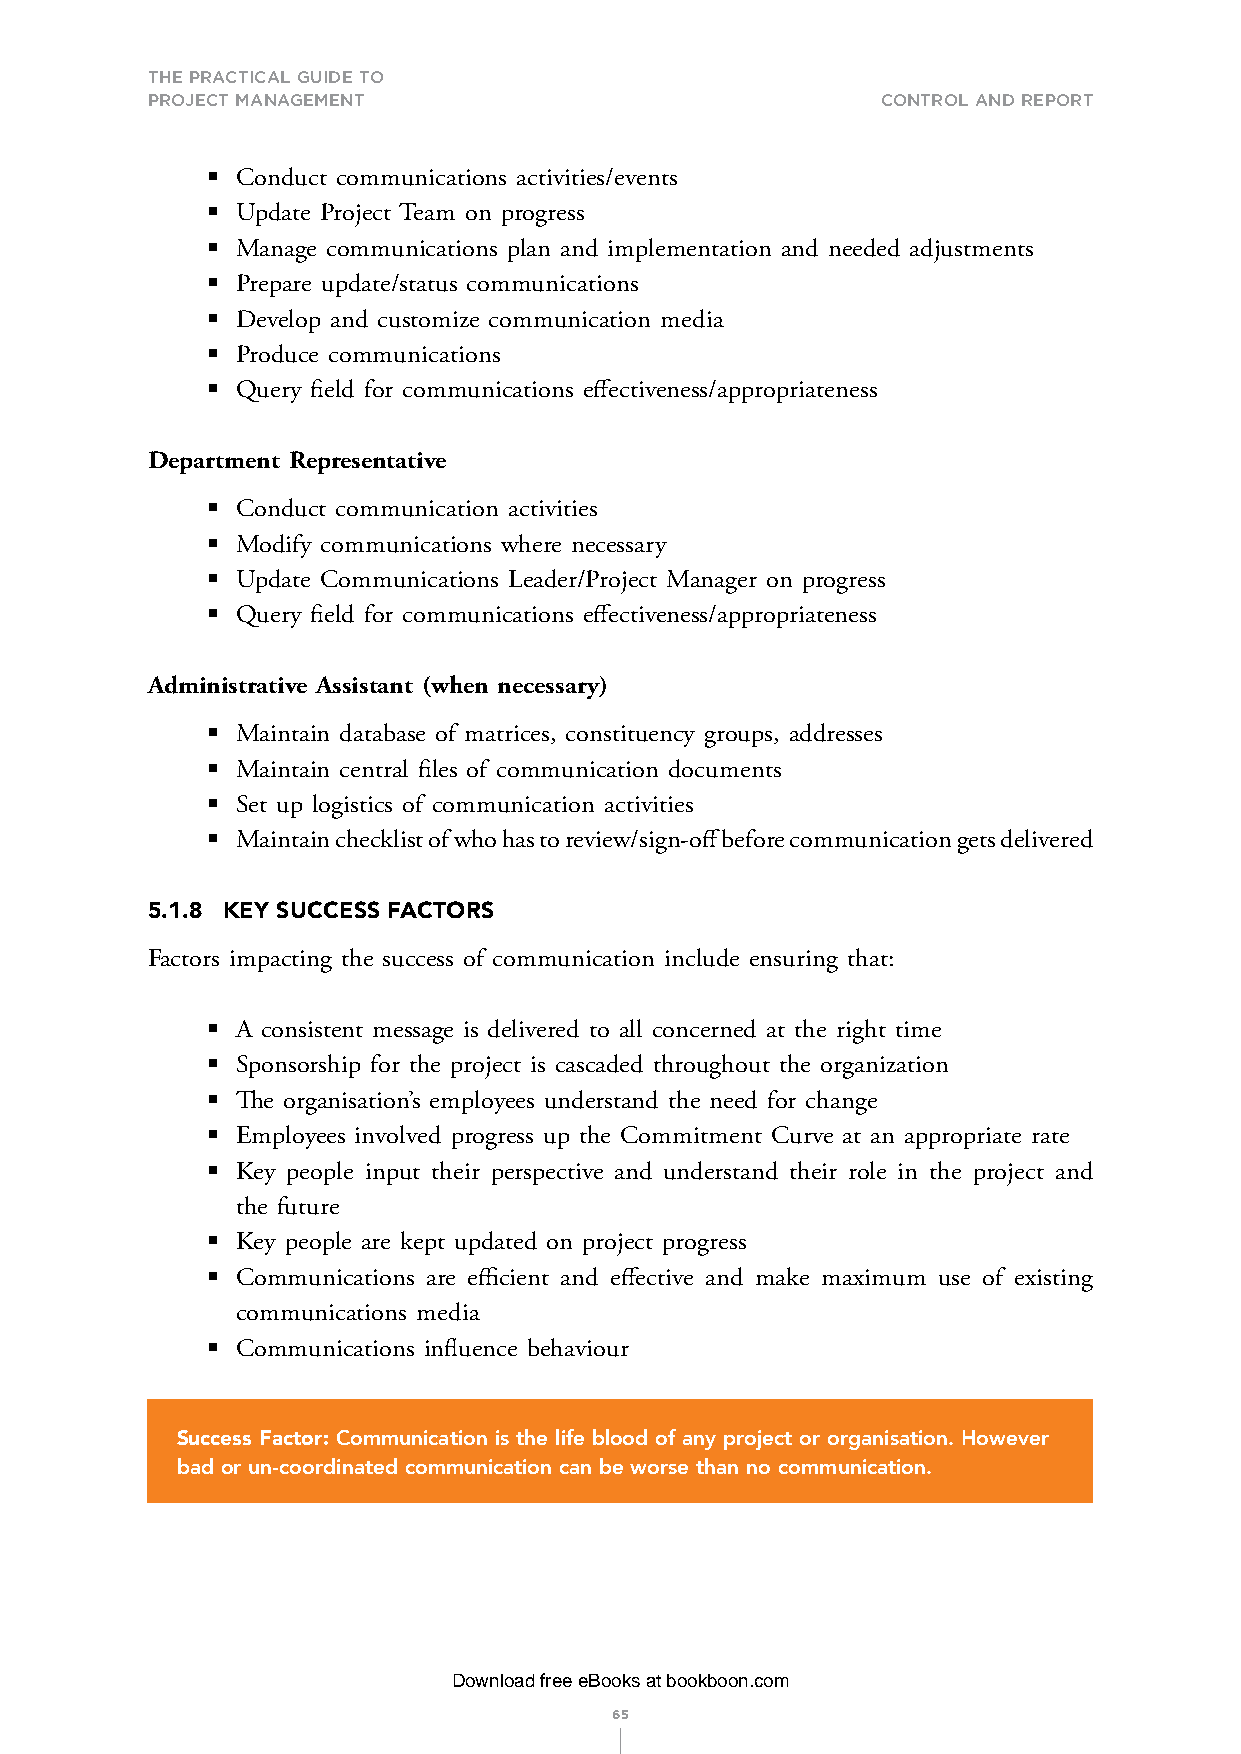
THE PRACTICAL GUIDE TO
 PROJECT MANAGEMENT                              Control and rePort
 § Conduct communications activities/events
 § Update Project Team on progress
 § Manage communications plan and implementation and needed adjustments
 § Prepare update/status communications
 § Develop and customize communication media
 § Produce communications
 § Query field for communications effectiveness/appropriateness
 Department Representative
 § Conduct communication activities
 § Modify communications where necessary
 § Update Communications Leader/Project Manager on progress
 § Query field for communications effectiveness/appropriateness
 Administrative Assistant (when necessary)
 § Maintain database of matrices, constituency groups, addresses
 § Maintain central files of communication documents
 § Set up logistics of communication activities
 § Maintain checklist of who has to review/sign-off before communication gets delivered
 5.1.8 KEY SUCCESS FACTORS
 Factors impacting the success of communication include ensuring that:
 § A consistent message is delivered to all concerned at the right time
 § Sponsorship for the project is cascaded throughout the organization
 § The organisation’s employees understand the need for change
 § Employees involved progress up the Commitment Curve at an appropriate rate
 § Key people input their perspective and understand their role in the project and
 the future
 § Key people are kept updated on project progress
 § Communications are efficient and effective and make maximum use of existing
 communications media
 § Communications influence behaviour
 Success Factor: Communication is the life blood of any project or organisation. However
 bad or un-coordinated communication can be worse than no communication.
 Download free eBooks at bookboon.com
 65